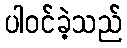
ပါဝင်ခဲ့သည်